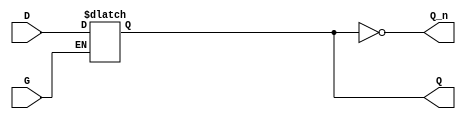
module async_gated_latch (
    input wire D,        // Data input
    input wire G,        // Gate input
    output reg Q,        // Output
    output wire Q_n      // Inverted output
);

// Invert the output Q for Q'
assign Q_n = ~Q;

// Always block to implement the gated latch functionality
always @* begin
    if (G) begin
        Q = D;  // When gate is high, sample the data input
    end
    // When G is low, Q retains its last value (no change)
end

endmodule